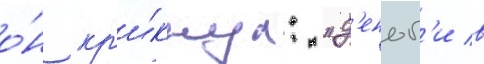
о́н кр'и́кнул: "д'еньг'и в